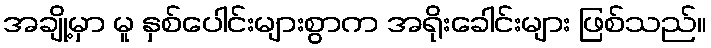
အချို့မှာ မူ နှစ်ပေါင်းများစွာက အရိုးခေါင်းများ ဖြစ်သည်။